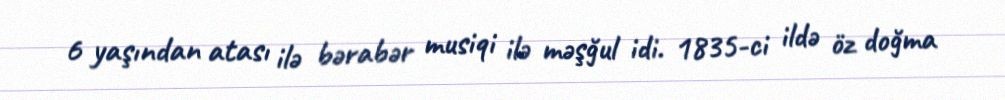
6 yaşından atası ilə bərabər musiqi ilə məşğul idi. 1835-ci ildə öz doğma